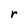
Character: r